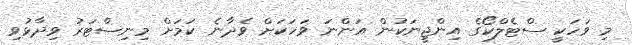
މި ވަހަކީ ސްޓެލްކޯގެ އިންޖީނަކުން އަންނަ ވަހަކަށް ވެދާނެ ކަމަށް މިނިސްޓަރު ވިދާޅުވި